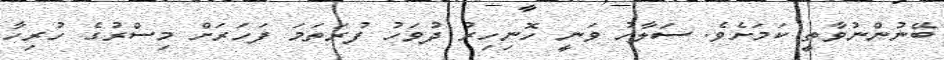
ބޭނުންނުވާތީ ކަމަށެވެ. ސަލާހު ވަނީ ހޮނިހިރު ދުވަހު ފުރަތަމަ ފަހަރަށް މިސްރުގެ ހުރިހާ